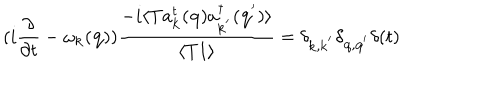
( i \frac { \partial } { \partial t } - \omega _ { { \bf { k } } } ( { \bf { q } } ) ) \frac { - i \langle T a _ { { \bf { k } } } ^ { t } ( { \bf { q } } ) a _ { { \bf { k } } ^ { ' } } ^ { \dagger } ( { \bf { q } } ^ { ' } ) \rangle } { \langle T 1 \rangle } = \delta _ { { \bf { k } } , { \bf { k } } ^ { ' } } \delta _ { { \bf { q } } , { \bf { q } } ^ { ' } } \delta ( t )